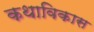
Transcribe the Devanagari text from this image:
कथाविकास